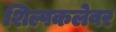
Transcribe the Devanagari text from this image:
शिल्पकलेवर